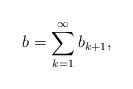
LaTeX: \begin{align*}b=\sum_{k=1}^\infty b_{k+1},\end{align*}